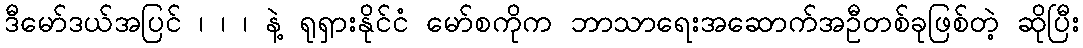
ဒီမော်ဒယ်အပြင် ၊ ၊ ၊ နဲ့ ရုရှားနိုင်ငံ မော်စကိုက ဘာသာရေးအဆောက်အဦတစ်ခုဖြစ်တဲ့ ဆိုပြီး